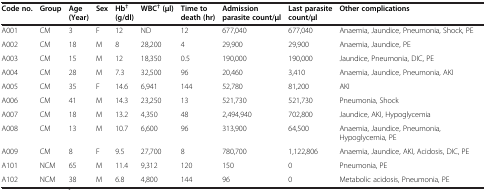
| Code no. | Group | Age (Year) | Sex | Hb† (g/dl) | WBC† (μl) | Time to death (hr) | Admission parasite count/μl | Last parasite count/μl | Other complications |
 | --- | --- | --- | --- | --- | --- | --- | --- | --- | --- |
 | A001 | CM | 3 | F | 12 | ND | 12 | 677,040 | 677,040 | Anaemia, Jaundice, Pneumonia, Shock, PE |
 | A002 | CM | 18 | M | 8 | 28,200 | 4 | 29,900 | 29,900 | Anaemia, Jaundice, PE |
 | A003 | CM | 15 | M | 12 | 18,350 | 0.5 | 190,000 | 190,000 | Jaundice, Pneumonia, DIC, PE |
 | A004 | CM | 28 | M | 7.3 | 32,500 | 96 | 20,460 | 3,410 | Anaemia, Jaundice, Pneumonia, AKI |
 | A005 | CM | 35 | F | 14.6 | 6,941 | 144 | 52,780 | 81,200 | AKI |
 | A006 | CM | 41 | M | 14.3 | 23,250 | 13 | 521,730 | 521,730 | Pneumonia, Shock |
 | A007 | CM | 18 | M | 13.2 | 4,350 | 48 | 2,494,940 | 702,800 | Jaundice, AKI, Hypoglycemia |
 | A008 | CM | 13 | M | 10.7 | 6,600 | 96 | 313,900 | 64,500 | Anaemia, Jaundice, Pneumonia, Hypoglycemia, PE |
 | A009 | CM | 8 | F | 9.5 | 27,700 | 8 | 780,700 | 1,122,806 | Anaemia, Jaundice, AKI, Acidosis, DIC, PE |
 | A101 | NCM | 65 | M | 11.4 | 9,312 | 120 | 150 | 0 | Pneumonia, PE |
 | A102 | NCM | 38 | M | 6.8 | 4,800 | 144 | 96 | 0 | Metabolic acidosis, Pneumonia, PE |